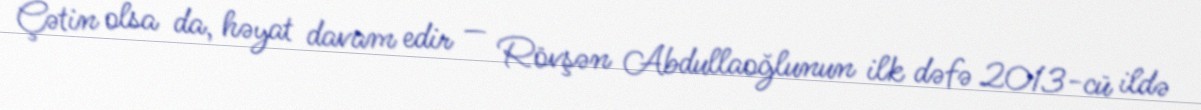
Çətin olsa da, həyat davam edir — Rövşən Abdullaoğlunun ilk dəfə 2013-cü ildə